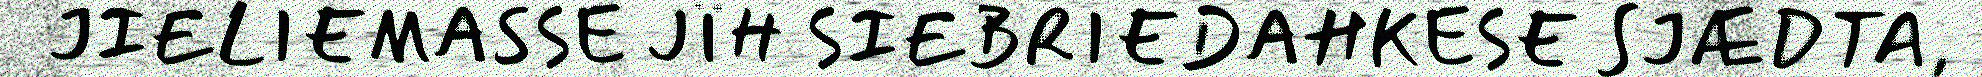
JIELIEMASSE JÏH SIEBRIEDAHKESE SJÆDTA,